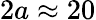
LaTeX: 2a\approx 20